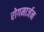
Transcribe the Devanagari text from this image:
रोगमार्जन